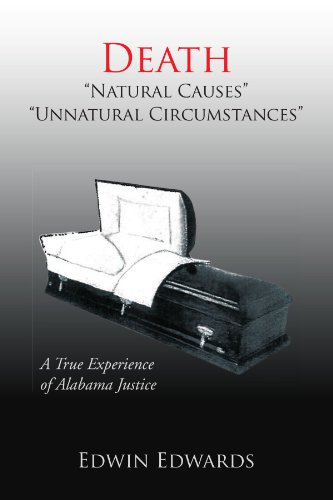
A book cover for Death "Natural Causes" "Unnatural Circumstances": A True Experience of Alabama Justice; Edwin Edwards; Law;